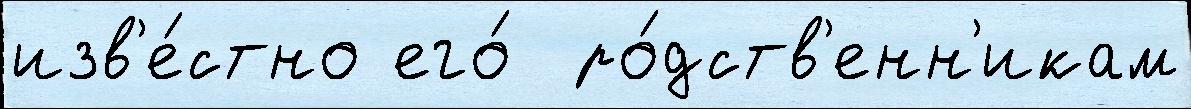
изв'е́стно его́  ро́дств'енн'икам